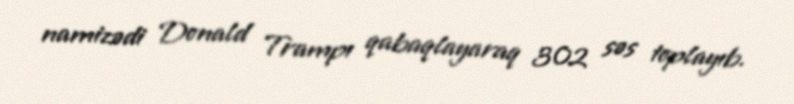
namizədi Donald Trampı qabaqlayaraq 302 səs toplayıb.